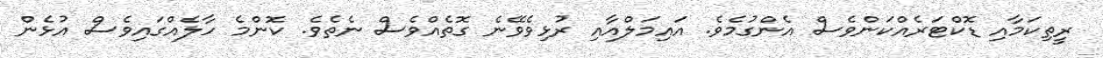
ރީތިކަމާއި ޑޮކްޓަރެއްކަންވެސް އެންގުމެވެ. އައިމަލްއާއި ރުޅިވެވޭނެ ގޮތެއްވެސް ނެތެވެ. ކޮންމެ ހާލެއްގައިވެސް އުޅެން